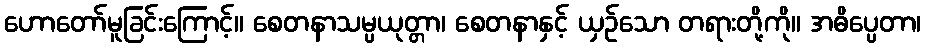
ဟောတော်မူခြင်းကြောင့်။ စေတနာသမ္ပယုတ္တာ၊ စေတနာနှင့် ယှဉ်သော တရားတို့ကို။ အဓိပ္ပေတာ၊